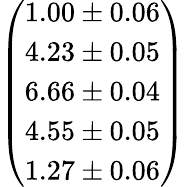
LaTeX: \left(\begin{array}{l}{1.00\pm 0.06}\\ {4.23\pm 0.05}\\ {6.66\pm 0.04}\\ {4.55\pm 0.05}\\ {1.27\pm 0.06}\end{array}\right)